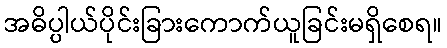
အဓိပ္ပါယ်ပိုင်းခြားကောက်ယူခြင်းမရှိစေရ။